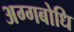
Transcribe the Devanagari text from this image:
अग्गबोधि